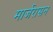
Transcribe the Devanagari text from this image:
मार्जरासन